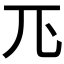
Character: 𭀖